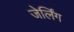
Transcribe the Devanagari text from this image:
जेर्लिंग